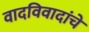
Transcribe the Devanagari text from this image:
वादविवादांचे